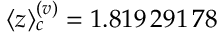
\langle z \rangle _ { c } ^ { ( v ) } = 1 . 8 1 9 \, 2 9 1 \, 7 8